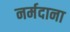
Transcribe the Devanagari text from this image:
नर्मदाना